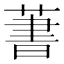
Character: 𦶕